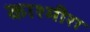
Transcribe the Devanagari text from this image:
काश्मीरा